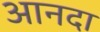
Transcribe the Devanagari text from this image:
आनदा